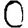
Digit: 0